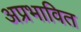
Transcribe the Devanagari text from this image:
अप्रभावित